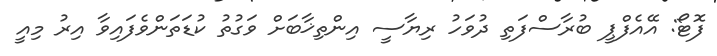
ފޮޓޯ: އޭއެފްޕީ ބުރާސްފަތި ދުވަހު ރިޔާސީ އިންތިޚާބަށް ވަގުތު ކުޑަތަންވެފައިވާ އިރު މިއީ